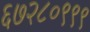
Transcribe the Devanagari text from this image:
६७२८०९९९